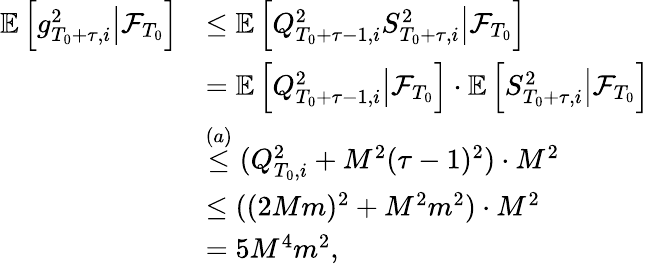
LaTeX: \begin{array}{rl}{\mathbb E\left[\left.g_{T_{0}+\tau,i}^{2}\right\rvert\mathcal F_{T_{0}}\right]}&{\le\mathbb E\left[\left.Q_{T_{0}+\tau-1,i}^{2}S_{T_{0}+\tau,i}^{2}\right\rvert\mathcal F_{T_{0}}\right]}\\ &{=\mathbb E\left[\left.Q_{T_{0}+\tau-1,i}^{2}\right\rvert\mathcal F_{T_{0}}\right]\cdot\mathbb E\left[\left.S_{T_{0}+\tau,i}^{2}\right\rvert\mathcal F_{T_{0}}\right]}\\ &{\stackrel{(a)}\le(Q_{T_{0},i}^{2}+M^{2}(\tau-1)^{2})\cdot M^{2}}\\ &{\le((2Mm)^{2}+M^{2}m^{2})\cdot M^{2}}\\ &{=5M^{4}m^{2},}\end{array}